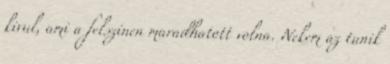
kivul, ami a felszinen maradhatott volna. Nekem az tunik